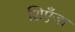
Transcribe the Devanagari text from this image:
शिएँजा